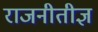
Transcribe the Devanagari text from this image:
राजनीतीज्ञ